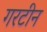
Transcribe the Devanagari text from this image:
गरटीन